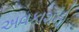
અવકાશનો